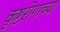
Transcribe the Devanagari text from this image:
कुष्टरोगाच्या